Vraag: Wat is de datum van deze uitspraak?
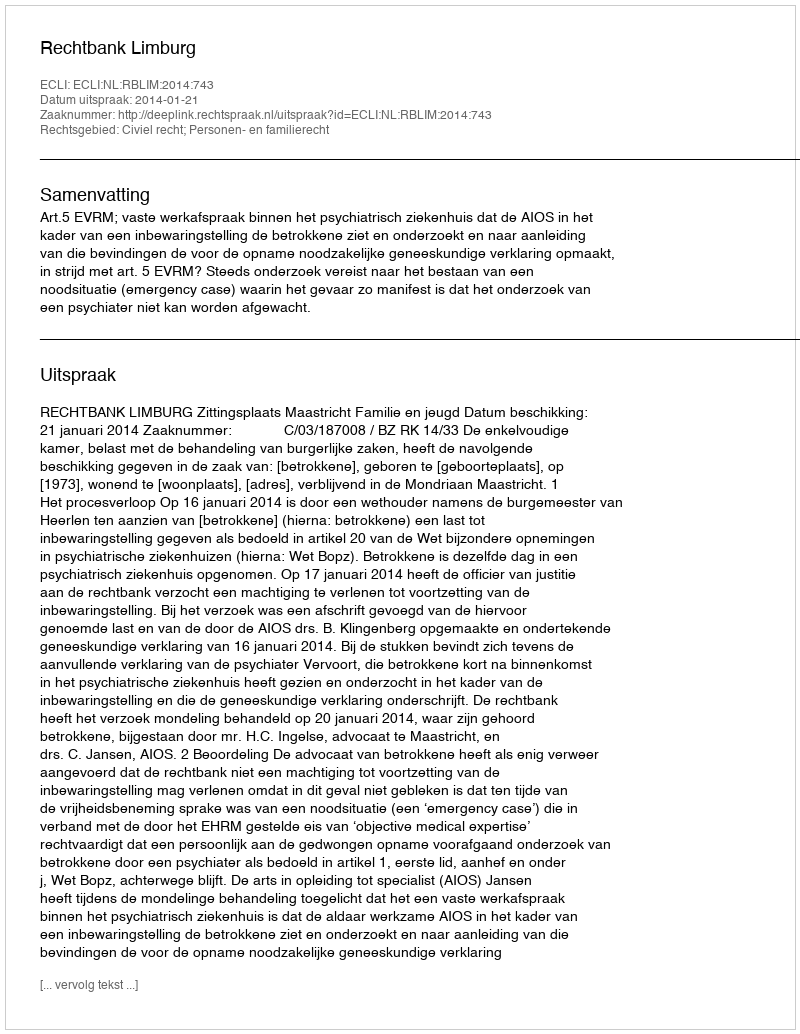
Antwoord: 2014-01-21